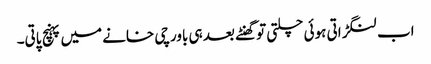
اب لنگڑاتی ہوئی چلتی تو گھنٹے بعد ہی باورچی خانے میں پہنچ پاتی۔